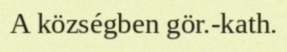
A községben gör.-kath.